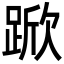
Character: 𮛧